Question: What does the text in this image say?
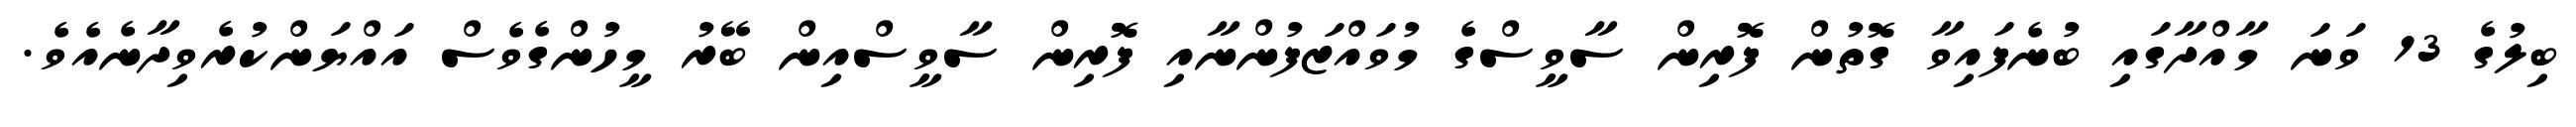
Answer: ބިލުގެ 13 ވަނަ މާއްދާގައި ބުނެފައިވާ ގޮތުން ފޮރިން ސާވީސްގެ މުވައްޒަފުންނާއި ފޮރިން ސާވީސްއިން ބޭރު މީހުންގެވެސް އައްޔަންކުރެވިދާނެއެވެ.